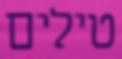
טילים